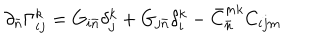
\partial _ { \bar { n } } \Gamma _ { i j } ^ { k } = G _ { i { \bar { n } } } \delta _ { j } ^ { k } + G _ { j { \bar { n } } } \delta _ { i } ^ { k } - { \bar { C } } _ { \bar { n } } ^ { m k } C _ { i j m } \,